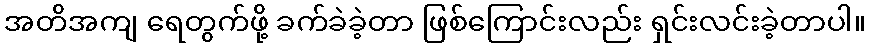
အတိအကျ ရေတွက်ဖို့ ခက်ခဲခဲ့တာ ဖြစ်ကြောင်းလည်း ရှင်းလင်းခဲ့တာပါ။